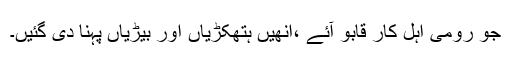
جو رومی اہل کار قابو آئے ،انھیں ہتھکڑیاں اور بیڑیاں پہنا دی گئیں۔